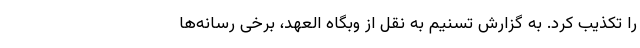
را تکذیب کرد. به گزارش تسنیم به نقل از وبگاه العهد، برخی رسانه‌ها